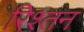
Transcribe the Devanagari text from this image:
रिश्तन